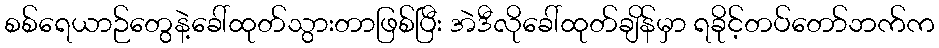
စစ်ရေယာဉ်တွေနဲ့ခေါ်ထုတ်သွားတာဖြစ်ပြီး အဲဒီလိုခေါ်ထုတ်ချိန်မှာ ရခိုင့်တပ်တော်ဘက်က